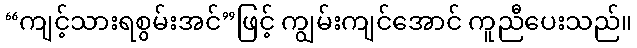
“ကျင့်သားရစွမ်းအင်”ဖြင့် ကျွမ်းကျင်အောင် ကူညီပေးသည်။